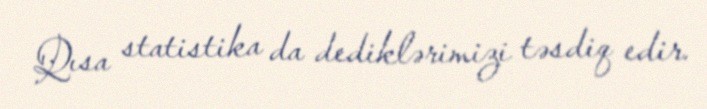
Qısa statistika da dediklərimizi təsdiq edir.